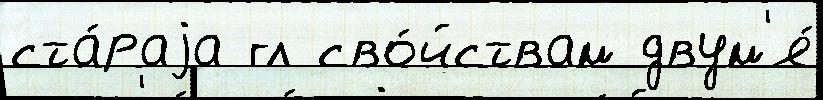
ста́раjа гл сво́йствам двум'я́